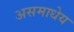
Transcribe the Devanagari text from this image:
असमाधेय